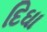
દિઘા